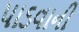
પાડવાની